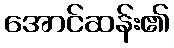
အောင်ဆန်း၏